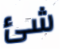
شئ